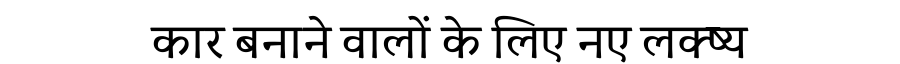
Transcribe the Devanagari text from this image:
कार बनाने वालों के लिए नए लक्ष्य